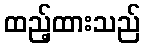
ထည့်ထားသည်